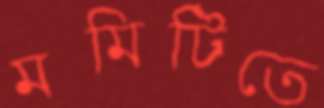
মমিটিতে